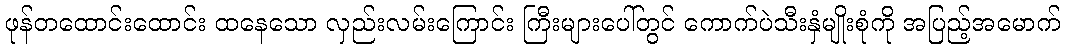
ဖုန်တထောင်းထောင်း ထနေသော လှည်းလမ်းကြောင်း ကြီးများပေါ်တွင် ကောက်ပဲသီးနှံမျိုးစုံကို အပြည့်အမောက်